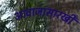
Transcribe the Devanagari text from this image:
आवाजासारखी